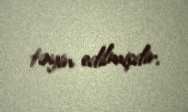
təyin edilmişdir.